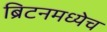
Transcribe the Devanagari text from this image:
ब्रिटनमध्येच